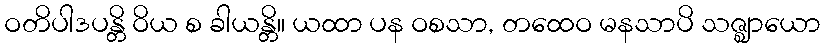
ဝတိပါဒပန္တိ ဝိယ စ ခါယန္တိ။ ယထာ ပန ဝစသာ, တထေဝ မနသာပိ သဇ္ဈာယော